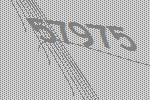
57975